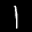
Label: 1